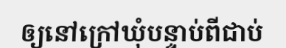
ឲ្យនៅក្រៅឃុំបន្ទាប់ពីជាប់